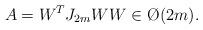
LaTeX: \begin{align*} A = W^T J_{2m} W W \in \O(2m). \end{align*}